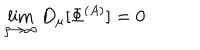
\lim _ { \rho \to \infty } D _ { \mu } [ \Phi ^ { ( A ) } ] = 0